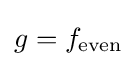
g=f_{\text{even}}